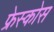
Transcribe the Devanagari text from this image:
फ्रेस्कोस